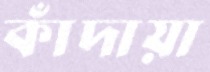
কাঁদায়া